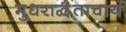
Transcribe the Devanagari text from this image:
मुधराद्वैताचार्य